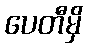
ပေတီမှိ